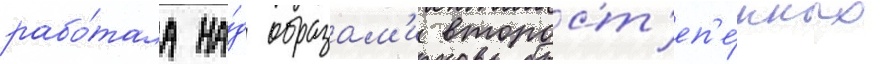
рабо́тала на́д образам'и второст'еп'е́нных